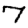
Digit: 7